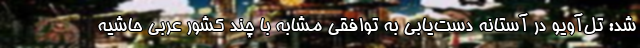
شد: تل‌آویو در آستانه دست‌یابی به توافقی مشابه با چند کشور عربی حاشیه